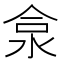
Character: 𱦕